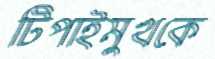
টিপাইমুখকে